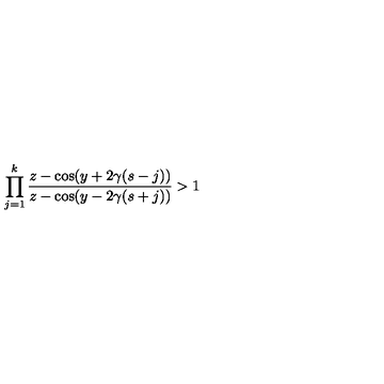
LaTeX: \prod _ { j = 1 } ^ { k } \frac { z - \cos ( y + 2 \gamma ( s - j ) ) } { z - \cos ( y - 2 \gamma ( s + j ) ) } > 1